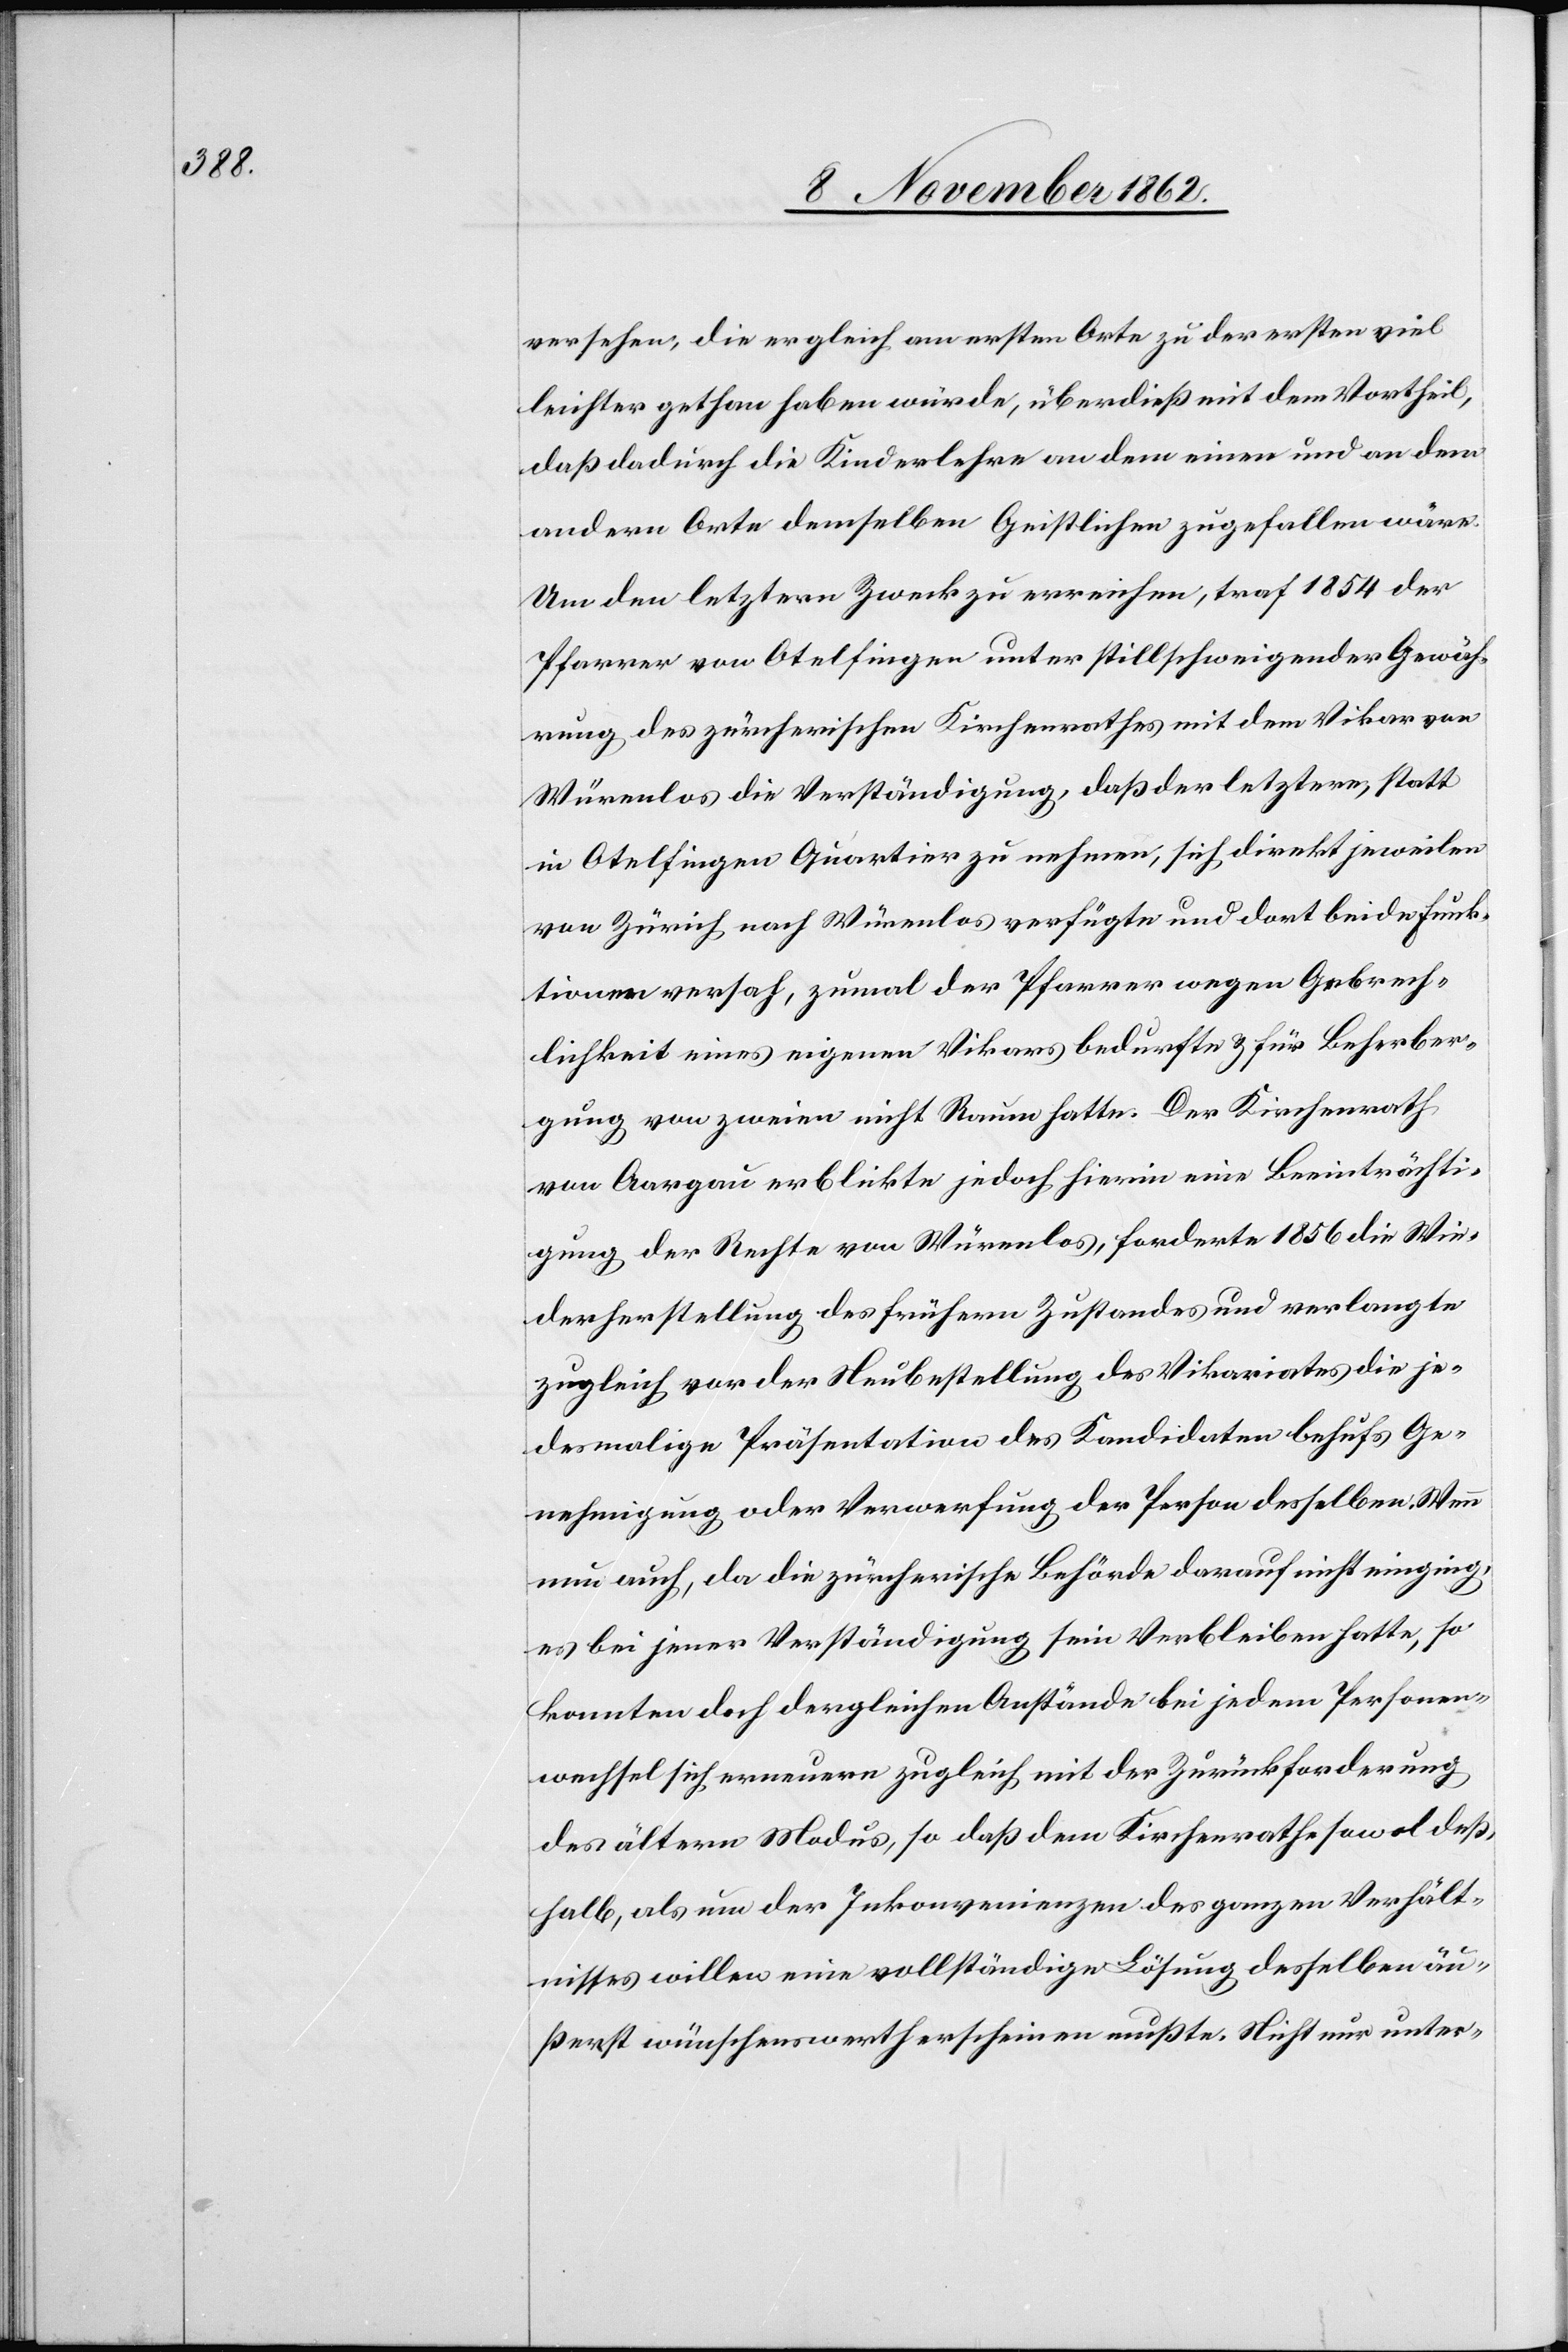
versehen, die er gleich am ersten Orte zu der ersten viel
leichter gethan haben würde, überdieß mit dem Vortheil,
daß dadurch die Kinderlehre an dem einen und an dem
andern Orte demselben Geistlichen zugefallen wäre.
Um den letztern Zweck zu erreichen, traf 1854 der
Pfarrer von Otelfingen unter stillschweigender Gewäh¬
rung des zürcherischen Kirchenrathes mit dem Vikar von
Würenlos die Verständigung, daß der letztere, statt
in Otelfingen Quartier zu nehmen, sich direkt jeweilen
von Zürich nach Würenlos verfügte und dort beide Funk¬
tionen versah, zumal der Pfarrer wegen Gebrech¬
lichkeit eines eigenen Vikares bedurfte u. für Beherber¬
gung von zweien nicht Raum hatte. Der Kirchenrath
von Aargau erblickte jedoch hierin eine Beeinträchti¬
gung der Rechte von Würenlos, forderte 1856 die Wie¬
derherstellung des frühern Zustandes und verlangte
zugleich vor der Neubestellung des Vikariates die je¬
desmalige Präsentation des Kandidaten behufs Ge¬
nehmigung oder Verwerfung der Person desselben. Wenn
nun auch da die zürcherische Behörde darauf nicht einging,
es bei jener Verständigung sein Verbleiben hatte, so
konnten doch dergleichen Anstände bei jedem Personen¬
wechsel sich erneuern zugleich mit der Zurückforderung
des ältern Modus, so daß dem Kirchenrathe sowol deß¬
halb, als um der Inkonvenienzen des ganzen Verhält¬
nisses willen eine vollständige Lösung desselben äu¬
ßerst wünschenswerth erscheinen mußte. Nicht nur unter-